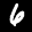
Label: 6